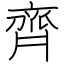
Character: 齊